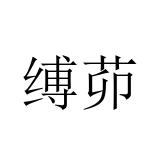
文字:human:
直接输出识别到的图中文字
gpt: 缚茆